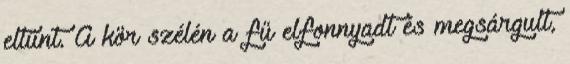
eltűnt. A kör szélén a fű elfonnyadt és megsárgult,